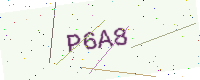
Text: P6A8